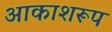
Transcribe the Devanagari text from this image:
आकाशरूप